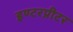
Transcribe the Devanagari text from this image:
इण्टरप्रीटर